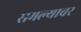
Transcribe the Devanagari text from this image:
समल्यावर